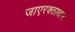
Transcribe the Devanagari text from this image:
जाएरक्ताधान